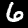
Digit: 6